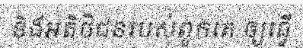
និងអតិថិជនរបស់ពួកគេ ឲ្យធ្វើ